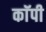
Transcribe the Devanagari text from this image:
काॅपी